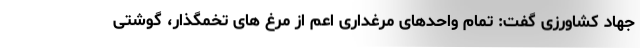
جهاد کشاورزی گفت: تمام واحدهای مرغداری اعم از مرغ های تخمگذار، گوشتی